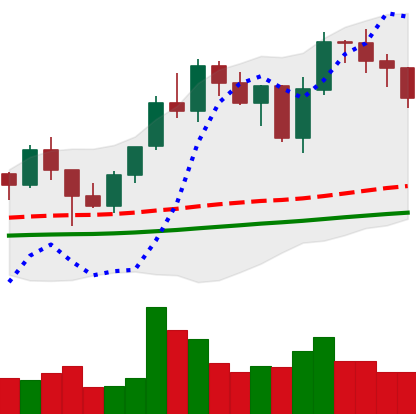
Ticker: LINK-USD
Chart end date: 2021-01-27
Forward return: 8.397%
Label: up_7plus